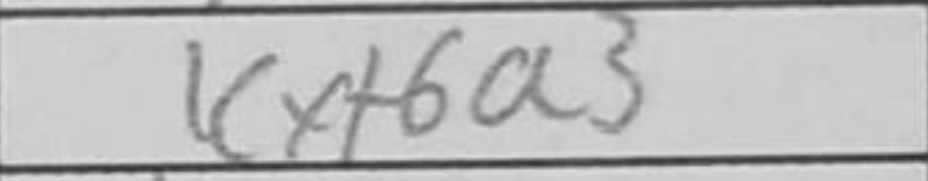
Transcription: Kxf6a3